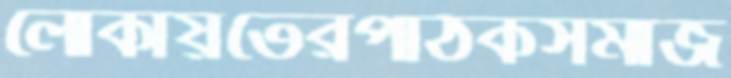
লোকায়তেরপাঠকসমাজ